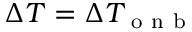
\Delta T = \Delta T _ { \mathrm { ~ o ~ n ~ b ~ } }